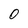
Character: 0